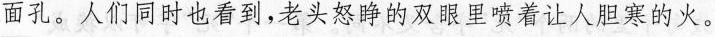
面孔。人们同时也看到，老头怒睁的双眼里喷着让人胆寒的火。